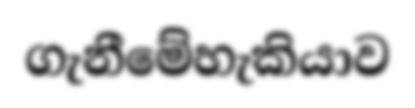
ගැනීමේහැකියාව